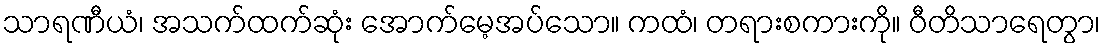
သာရဏီယံ၊ အသက်ထက်ဆုံး အောက်မေ့အပ်သော။ ကထံ၊ တရားစကားကို။ ဝီတိသာရေတွာ၊